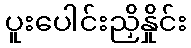
ပူးပေါင်းညှိနှိုင်း